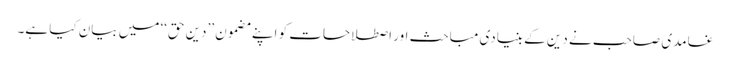
غامدی صاحب نے دین کے بنیادی مباحث اور اصطلاحات کو اپنے مضمون ’’دین حق‘‘ میں بیان کیا ہے۔